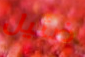
ضئيل